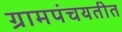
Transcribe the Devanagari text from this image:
ग्रामपंचयतीत